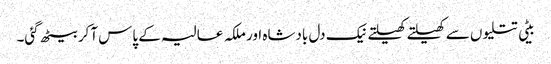
بیٹی تتلیوں سے کھیلتے کھیلتے نیک دل بادشاہ اور ملکہ عالیہ کے پاس آکر بیٹھ گئی۔